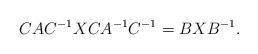
LaTeX: \begin{align*}CAC^{-1}XCA^{-1}C^{-1} = BXB^{-1}.\end{align*}